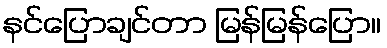
နင်ပြောချင်တာ မြန်မြန်ပြော။